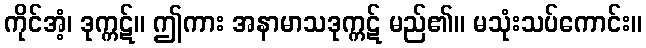
ကိုင်အံ့၊ ဒုက္ကဋ်။ ဤကား အနာမာသဒုက္ကဋ် မည်၏။ မသုံးသပ်ကောင်း။